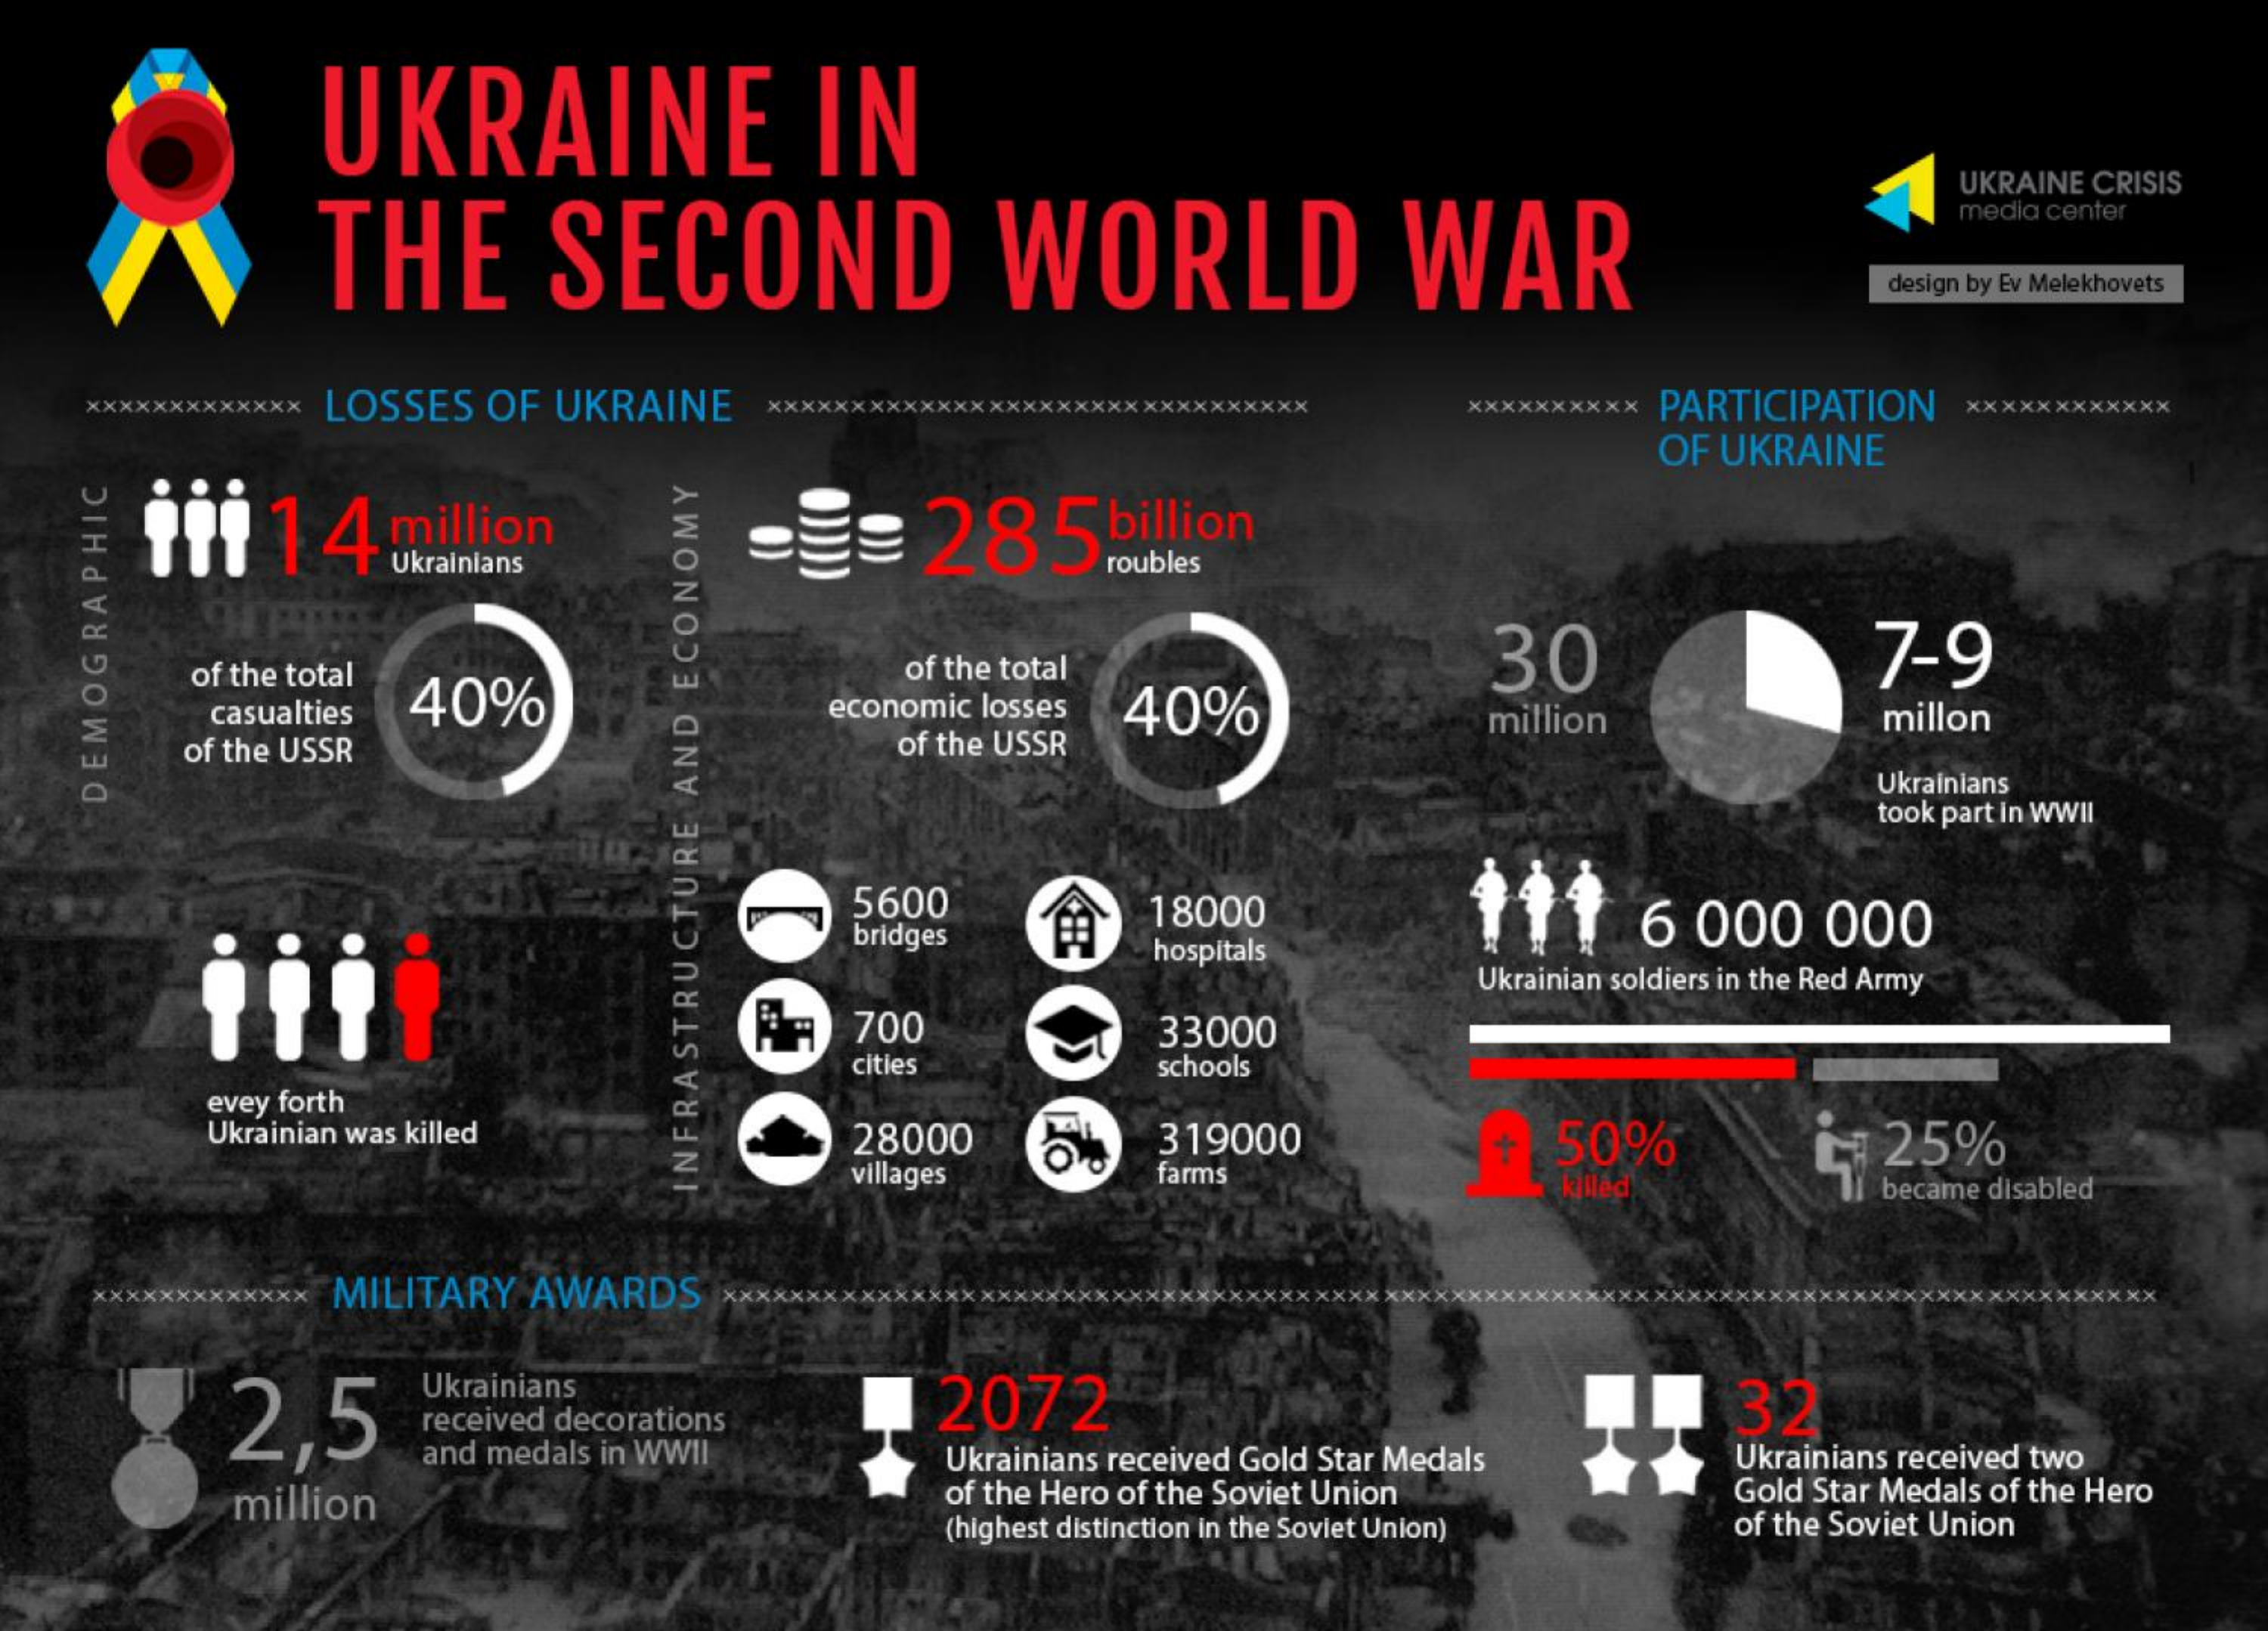
UKRAINE    IN
     THE    SECOND    WORLD    WAR
     UKRAINE CRISIS
     media center
     design by Ev Melekhovets
   Xxxx   LOSSES OF UKRAINE XXXX    xxxxxxx xxxxxxxxxx PARTICIPATION xxxxxxxxxxxx
     OF UKRAINE
     iii 14 million    ==    285   billion
     Ukrainians
     40%
     of the total
     40%
     30    7-9
     of the total
     casualties    economic losses
     of the USSR    of the USSR
     million    millon
     Ukrainians
     took part in WWII
   DEMOGRAPHIC
     5600
     bridges
     18000    6 000 000
     hospitals
     Ukrainian soldiers in the Red Army
     700    33000
     citles    schools
     evey forth
     Ukrainian was killed 28000    319000    50%    1 25%
     villages farms    killed    became disabled
     INFRASTRUCTURE
     AND
     ECONOMY
     MILITARY AWARDS
     2,5
     Ukrainians
     received decorations
     2072    32
     and medals in WWII Ukrainians received Gold Star Medals
     of the Hero of the Soviet Union
     Ukrainians received two
     million    Gold Star Medals of the Hero
     (highest distinction in the Soviet Union) of the Soviet Union